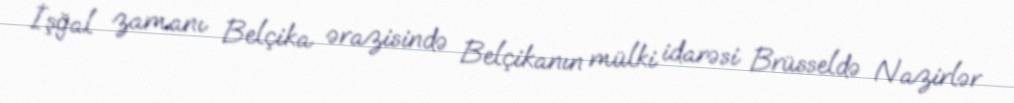
İşğal zamanı Belçika ərazisində Belçikanın mülki idarəsi Brüsseldə Nazirlər